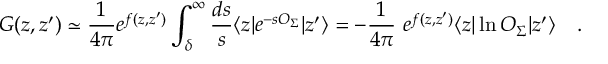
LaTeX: { \cal G } ( z , z ^ { \prime } ) \simeq { \frac { 1 } { 4 \pi } } e ^ { f ( z , z ^ { \prime } ) } \int _ { \delta } ^ { \infty } { \frac { d s } { s } } \langle z | e ^ { - s O _ { \Sigma } } | z ^ { \prime } \rangle = - { \frac { 1 } { 4 \pi } } ~ e ^ { f ( z , z ^ { \prime } ) } \langle z | \ln O _ { \Sigma } | z ^ { \prime } \rangle ~ ~ ~ .